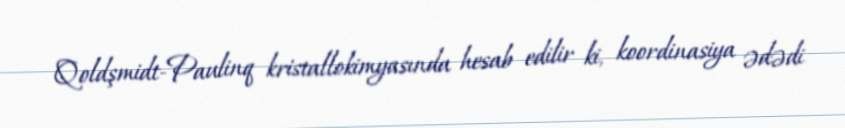
Qoldşmidt-Paulinq kristallokimyasında hesab edilir ki, koordinasiya ədədi